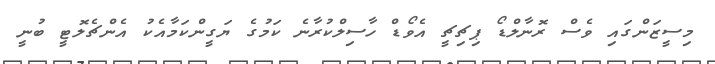
މިސީޒަންގައި ވެސް ރޮނާލްޑޯ ޕިޗިޗީ އެވޯޑް ހާސިލްކުރާނެ ކަމުގެ ޔަގީންކަމާއެކު އެންޗެލޮޓީ ބުނީ